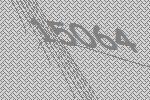
15064